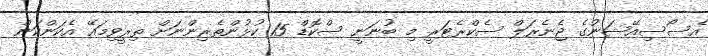
އެސޯސިއޭޝަނުގެ ޖެނެރަލް ސެކްރެޓަރީ މި ބުނަނީ ސްކޮޑް 15 ކުޅުންތެރިންނަށް ތިރީވިމައޭ އެކަންކަން